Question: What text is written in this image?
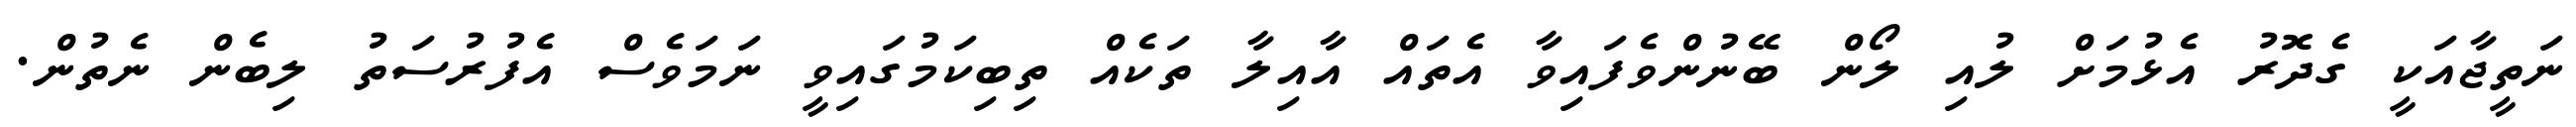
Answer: ނަތީޖާއަކީ ގެދޮރު އެޅުމަށް ލުއި ލޯން ބޭނުންވެފައިވާ އެތައް އާއިލާ ތަކެއް ތިބިކަމުގައިވީ ނަމަވެސް އެފުރުސަތު ލިބެން ނެތުން.